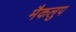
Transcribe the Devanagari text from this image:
मैकलुप